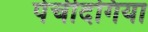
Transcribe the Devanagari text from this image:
पेचीदगिया